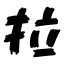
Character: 拉